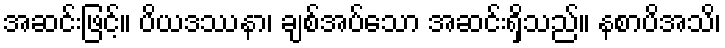
အဆင်းဖြင့်။ ပိယဒဿနာ၊ ချစ်အပ်သော အဆင်းရှိသည်။ နစာပိအသိ၊